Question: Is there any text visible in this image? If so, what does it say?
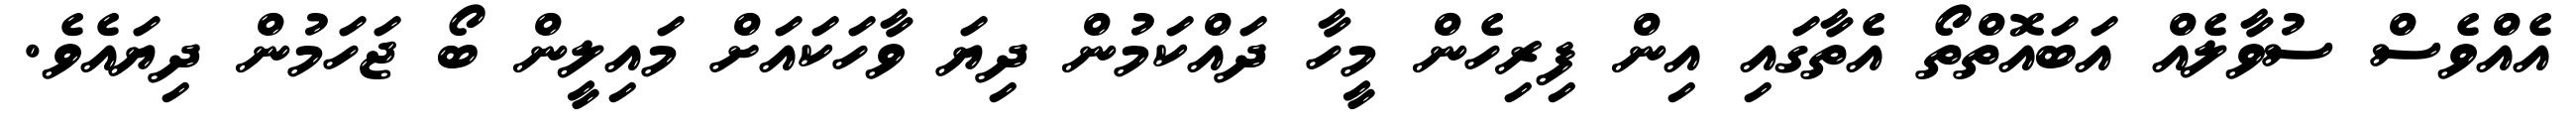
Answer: އެއްވެސް ސުވާލެއް އަބައޮތްތޯ އެތާގައި އިން ފިރިހެން މީހާ ދައްކަމުން ދިޔަ ވާހަކައަށް މައިލީން ބޯ ޖަހަމުން ދިޔައެވެ.